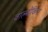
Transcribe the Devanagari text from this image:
वाल्मीकिना